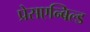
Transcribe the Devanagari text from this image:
प्रेसएन्बिल्ड